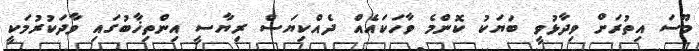
މޫސަ އިތުރަށް ވިދާޅުވީ ބަޔަކު ކޮންމެ ވާހަކައެއް ދެއްކިޔަސް ރިޔާސީ އިންތިޚާބުގައި ވާދަކުރުމަކީ